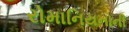
રોમાનિયનોની